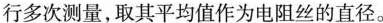
行多次测量，取其平均值作为电阻丝的直径。R，aa R0b['E s图3(3)图3中R，为待测电阻丝。请用笔画线代替导线，将滑动变阻器接人图4实物电路中的正确位置。(4)为测量R，利用图3所示的电路，调节滑动变阻器测得5组电压U和电流I，的值，作出的U-I，关系图像如图5所示。接着，将电压表改接在a、b两端，测得5组电压U，和电流I2的值，数据见下表：U，/V0.501.021.542.052.55I，/mA20.040.060.080.0100.0请根据表中的数据，在方格纸上作出U-I2图像。电压表电流表R，a)滑动变阻器E图4U/V020406080100120I/mA图5(5)由此，可求得电阻丝的电阻R=_____Ω。根据电阻定律可得到电阻丝的电阻率。